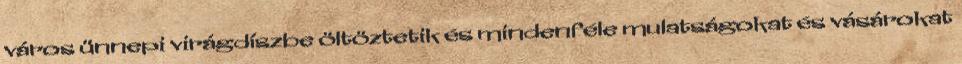
város ünnepi virágdíszbe öltöztetik és mindenféle mulatságokat és vásárokat